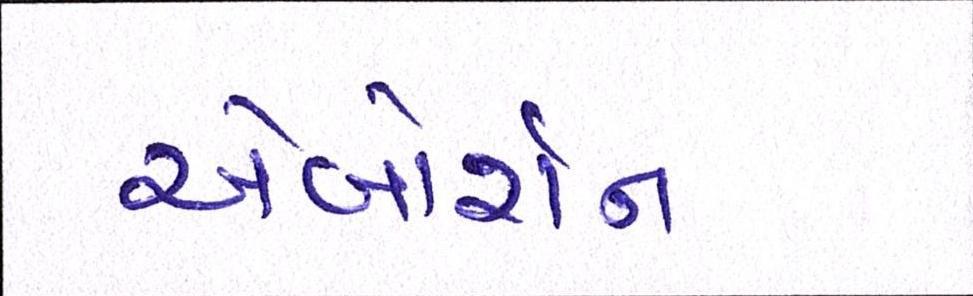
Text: એબોર્શન